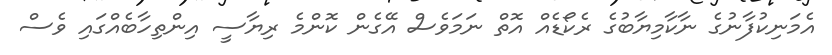
އެމަނިކުފާނުގެ ނާކާމިޔާބުގެ ރެކޯޑެއް އޮތް ނަމަވެސް އޭގެން ކޮންމެ ރިޔާސީ އިންތިހާބެއްގައި ވެސް